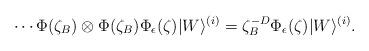
LaTeX: \begin{align*}\cdots\Phi(\zeta_B)\otimes\Phi(\zeta_B)\Phi_\epsilon(\zeta) |W\rangle^{(i)} = \zeta_B^{-D}\Phi_\epsilon(\zeta)|W\rangle^{(i)}.\end{align*}